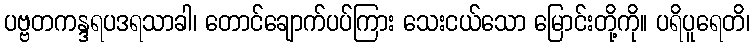
ပဗ္ဗတကန္ဒရပဒရသာခါ၊ တောင်ချောက်ပပ်ကြား သေးငယ်သော မြောင်းတို့ကို။ ပရိပူရေတိ၊